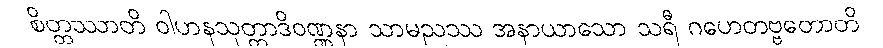
စိတ္တဿာတိ ဝါဟနသုတ္တာဒိဝဏ္ဏနာ သာမညဿ အနာယာသော သရီ ဂဟေတဗ္ဗတောတိ